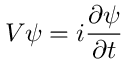
V \psi = i \frac { \partial \psi } { \partial t }